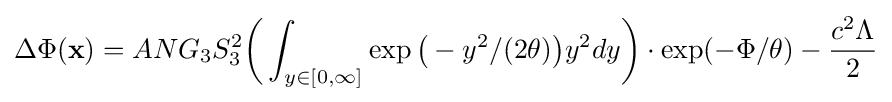
\Delta \Phi ({\bf {x}})=ANG_{3}S_{3}^{2}{\bigg (}\int _{y\in [0,\infty ]}\exp {\big (}-y^{2}/(2\theta ){\big )}y^{2}dy{\bigg )}\cdot \exp(-\Phi /\theta )-{\frac {c^{2}\Lambda }{2}}